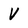
Character: V